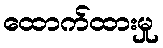
ထောက်ထားမှု